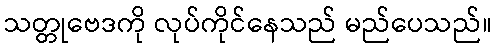
သတ္တုဗေဒကို လုပ်ကိုင်နေသည် မည်ပေသည်။